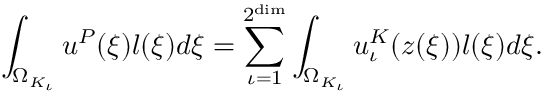
\int _ { \Omega _ { K _ { \iota } } } u ^ { P } ( \boldsymbol { \xi } ) l ( \boldsymbol { \xi } ) d \boldsymbol { \xi } = \sum _ { \iota = 1 } ^ { 2 ^ { \dim } } \int _ { \Omega _ { K _ { \iota } } } u _ { \iota } ^ { K } ( \boldsymbol { z } ( \boldsymbol { \xi } ) ) l ( \boldsymbol { \xi } ) d \boldsymbol { \xi } .